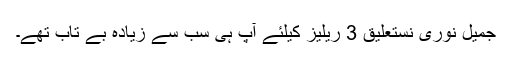
جمیل نوری نستعلیق 3 ریلیز کیلئے آپ ہی سب سے زیادہ بے تاب تھے۔